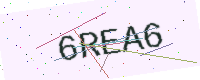
Text: 6REA6